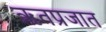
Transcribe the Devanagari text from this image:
ऋतप्रजात